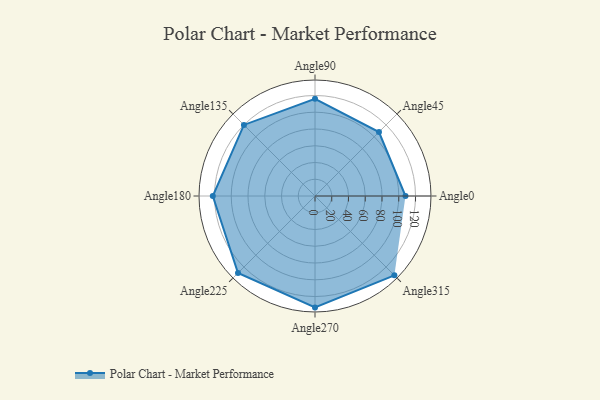
{"axis": {"x": "Angle", "y": "Radius"}, "legend": [""], "data": [{"x": "Angle0", "y": 108.0, "type": ""}, {"x": "Angle45", "y": 108.0, "type": ""}, {"x": "Angle90", "y": 116.0, "type": ""}, {"x": "Angle135", "y": 120.0, "type": ""}, {"x": "Angle180", "y": 122.0, "type": ""}, {"x": "Angle225", "y": 130.0, "type": ""}, {"x": "Angle270", "y": 133.0, "type": ""}, {"x": "Angle315", "y": 134.0, "type": ""}]}